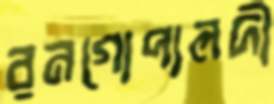
রনগোপালদী